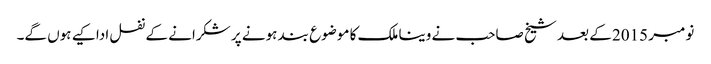
نومبر 2015 کے بعد شیخ صاحب نے وینا ملک کا موضوع بند ہونے پر شکرانے کے نفل ادا کیے ہوں گے۔